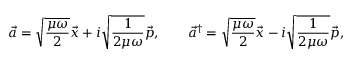
\vec { a } = \sqrt { \frac { \mu \omega } { 2 } } \vec { x } + i \sqrt { \frac { 1 } { 2 \mu \omega } } \vec { p } , \qquad \vec { a } ^ { \dag } = \sqrt { \frac { \mu \omega } { 2 } } \vec { x } - i \sqrt { \frac { 1 } { 2 \mu \omega } } \vec { p } ,